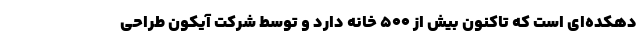
دهکده‌ای است که تاکنون بیش از ۵۰۰ خانه دارد و توسط شرکت آیکون طراحی